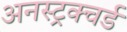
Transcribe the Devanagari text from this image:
अनस्ट्रक्चर्ड